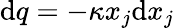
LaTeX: \mathrm{d}q=-\kappa x_{j}\mathrm{d}x_{j}